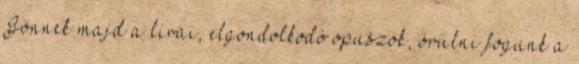
Jönnek majd a lírai, elgondolkodó opuszok, örülni fogunk a